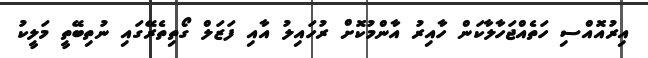
އިރުއޮއްސި ހަތެއްޖަހާލާކަން ހާއިރު އާންމުކޮށް ރުހައިލު އާއި ފަޒަލް ގޯތިތެރޭގައި ނުތިބޭތީ މަލީކު